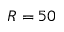
R = 5 0